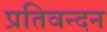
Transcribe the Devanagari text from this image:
प्रतिवन्दन